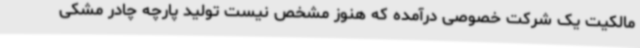
مالکیت یک شرکت خصوصی درآمده که هنوز مشخص نیست تولید پارچه چادر‌ مشکی